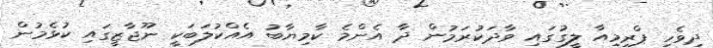
ދިވެހި ޕްރިމިއާ ލީގުގައި ވާދަކުރަމުން ދާ އެންމެ ކާމިޔާބު އެއްކުލަބަކީ ނޫޖާޒީގައި ކުޅެމުން